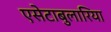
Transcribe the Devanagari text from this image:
एसेटाबुलारिया